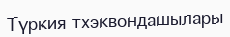
Түркия тхэквондашылары